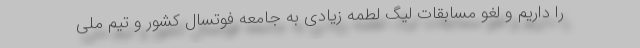
را داریم و لغو مسابقات لیگ لطمه زیادی به جامعه فوتسال کشور و تیم ملی